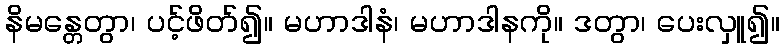
နိမန္တေတွာ၊ ပင့်ဖိတ်၍။ မဟာဒါနံ၊ မဟာဒါနကို။ ဒတွာ၊ ပေးလှူ၍။